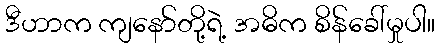
ဒီဟာက ကျနော်တို့ရဲ့ အဓိက စိန်ခေါ်မှုပါ။